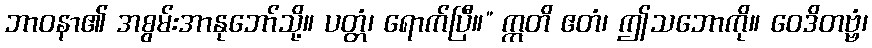
ဘာဝနာ၏ အစွမ်းအာနုဘော်သို့။ ပတ္တံ၊ ရောက်ပြီ။” ဣတိ ဧတံ၊ ဤသဘောကို။ ဝေဒိတဗ္ဗံ၊